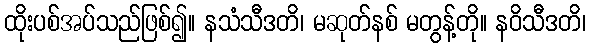
ထိုးပစ်အပ်သည်ဖြစ်၍။ နသံသီဒတိ၊ မဆုတ်နစ် မတွန့်တို။ နဝိသီဒတိ၊